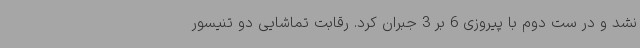
نشد و در ست دوم با پیروزی 6 بر 3 جبران کرد. رقابت تماشایی دو تنیسور